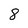
Character: 8